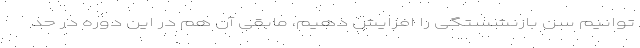
توانیم سن بازنشستگی را افزایش دهیم، مابقی آن هم در این دوره در حد